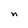
Character: n